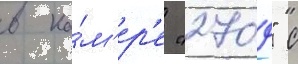
в ка́м'ер'е "2709" с